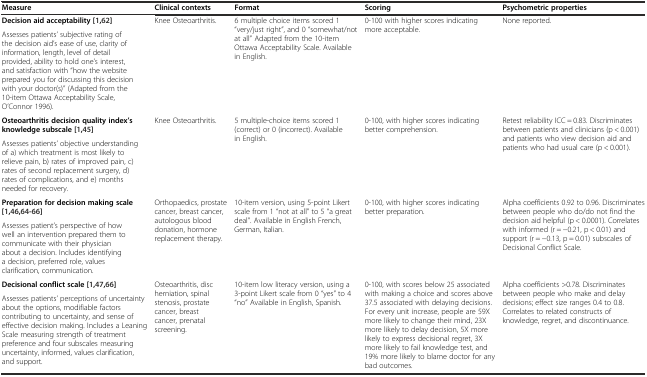
<table><thead><tr><td><b>Measure</b></td><td><b>Clinical contexts</b></td><td><b>Format</b></td><td><b>Scoring</b></td><td><b>Psychometric properties</b></td></tr></thead><tbody><tr><td><b>Decision aid acceptability [</b>1<b>,</b>62<b>]</b></td><td rowspan="2">Knee Osteoarthritis.</td><td rowspan="2">6 multiple choice items scored 1 “very/just right”, and 0 “somewhat/not at all” Adapted from the 10-item Ottawa Acceptability Scale. Available in English.</td><td rowspan="2">0-100 with higher scores indicating more acceptable.</td><td rowspan="2">None reported.</td></tr><tr><td>Assesses patients’ subjective rating of the decision aid’s ease of use, clarity of information, length, level of detail provided, ability to hold one’s interest, and satisfaction with “how the website prepared you for discussing this decision with your doctor(s)” (Adapted from the 10-item Ottawa Acceptability Scale, O’Connor 1996).</td></tr><tr><td><b>Osteoarthritis decision quality index’s knowledge subscale [</b>1<b>,</b>45<b>]</b></td><td rowspan="2">Knee Osteoarthritis.</td><td rowspan="2">5 multiple-choice items scored 1 (correct) or 0 (incorrect). Available in English.</td><td rowspan="2">0-100, with higher scores indicating better comprehension.</td><td rowspan="2">Retest reliability ICC = 0.83. Discriminates between patients and clinicians (p &lt; 0.001) and patients who view decision aid and patients who had usual care (p &lt; 0.001).</td></tr><tr><td>Assesses patients’ objective understanding of a) which treatment is most likely to relieve pain, b) rates of improved pain, c) rates of second replacement surgery, d) rates of complications, and e) months needed for recovery.</td></tr><tr><td><b>Preparation for decision making scale [</b>1<b>,</b>46<b>,</b>64<b>-</b>66<b>]</b></td><td rowspan="2">Orthopaedics, prostate cancer, breast cancer, autologous blood donation, hormone replacement therapy.</td><td rowspan="2">10-item version, using 5-point Likert scale from 1 “not at all” to 5 “a great deal”. Available in English French, German, Italian.</td><td rowspan="2">0-100, with higher scores indicating better preparation.</td><td rowspan="2">Alpha coefficients 0.92 to 0.96. Discriminates between people who do/do not find the decision aid helpful (p &lt; 0.0001). Correlates with informed (r = −0.21, p &lt; 0.01) and support (r = −0.13, p = 0.01) subscales of Decisional Conflict Scale.</td></tr><tr><td>Assesses patient’s perspective of how well an intervention prepared them to communicate with their physician about a decision. Includes identifying a decision, preferred role, values clarification, communication.</td></tr><tr><td><b>Decisional conflict scale [</b>1<b>,</b>47<b>,</b>66<b>]</b></td><td rowspan="2">Osteoarthritis, disc herniation, spinal stenosis, prostate cancer, breast cancer, prenatal screening.</td><td rowspan="2">10-item low literacy version, using a 3-point Likert scale from 0 “yes” to 4 “no” Available in English, Spanish.</td><td rowspan="2">0-100, with scores below 25 associated with making a choice and scores above 37.5 associated with delaying decisions. For every unit increase, people are 59X more likely to change their mind, 23X more likely to delay decision, 5X more likely to express decisional regret, 3X more likely to fail knowledge test, and 19% more likely to blame doctor for any bad outcomes.</td><td rowspan="2">Alpha coefficients &gt;0.78. Discriminates between people who make and delay decisions; effect size ranges 0.4 to 0.8. Correlates to related constructs of knowledge, regret, and discontinuance.</td></tr><tr><td>Assesses patients’ perceptions of uncertainty about the options, modifiable factors contributing to uncertainty, and sense of effective decision making. Includes a Leaning Scale measuring strength of treatment preference and four subscales measuring uncertainty, informed, values clarification, and support.</td></tr></tbody></table>